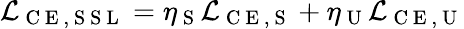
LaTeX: \mathcal{L}_{\mathrm{~C~E~,~S~S~L~}}=\eta_{\mathrm{~S~}}\mathcal{L}_{\mathrm{~C~E~,~S~}}+\eta_{\mathrm{~U~}}\mathcal{L}_{\mathrm{~C~E~,~U~}}